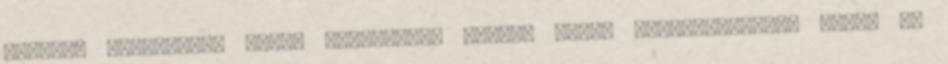
járhat. Szervezete neve: Szervezeti egység neve: Nyilvántartási szám: Az